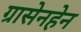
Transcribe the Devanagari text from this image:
ग्रासेनहेन